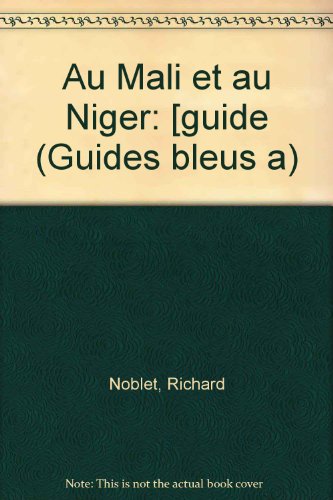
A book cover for Au Mali et au Niger: [guide (Guides bleus a) (French Edition); Richard Noblet; Travel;